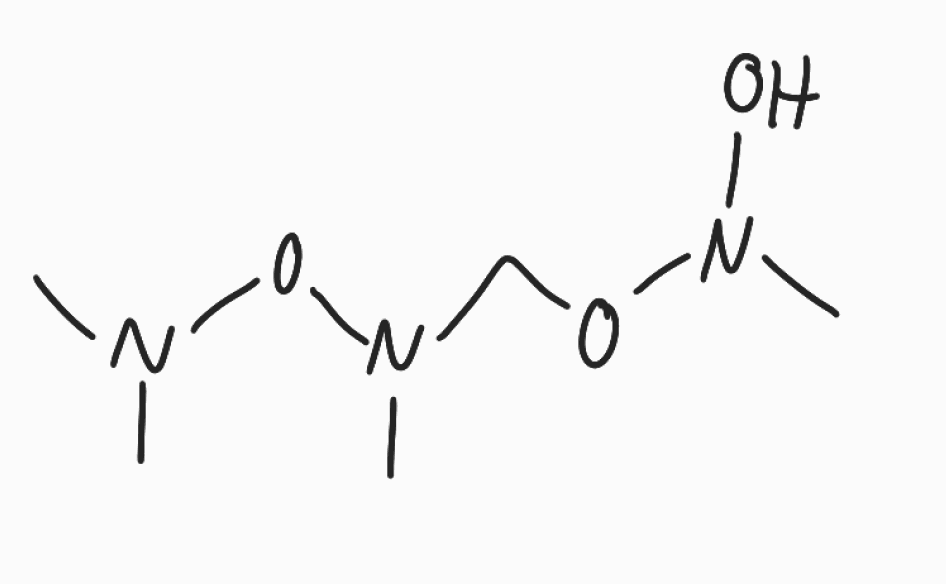
Simplified molecular-input line-entry system (SMILES) notation of the given molecule:
CN(C)ON(C)CON(C)O